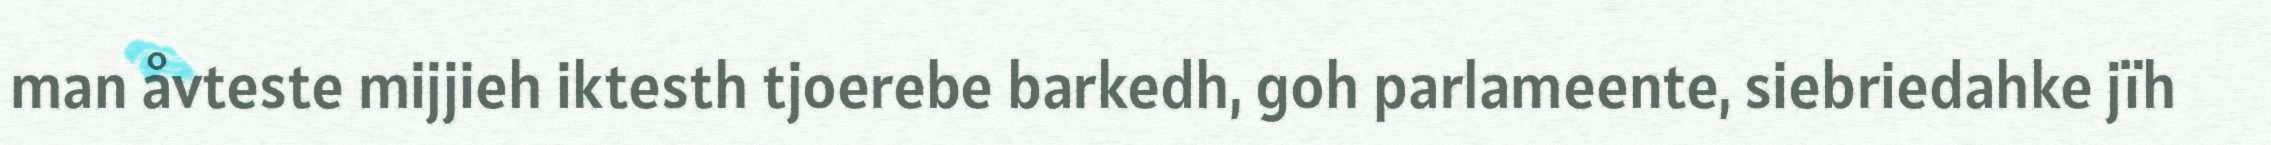
man åvteste mijjieh iktesth tjoerebe barkedh, goh parlameente, siebriedahke jïh